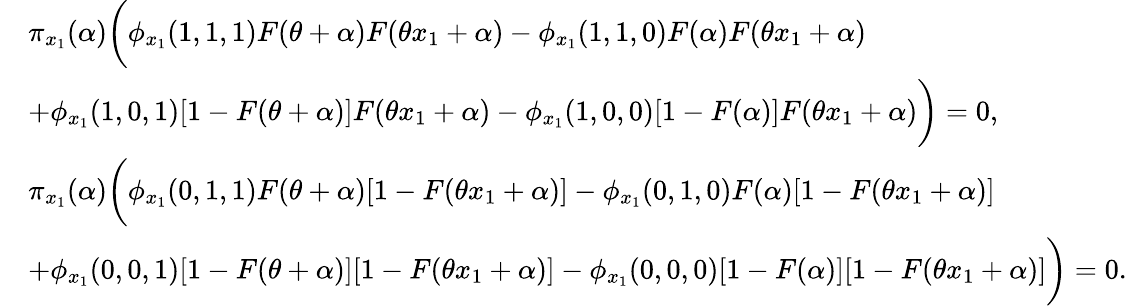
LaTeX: \begin{array}{rl}&{\pi_{x_{1}}(\alpha)\bigg(\phi_{x_{1}}(1,1,1)F(\theta+\alpha)F(\theta x_{1}+\alpha)-\phi_{x_{1}}(1,1,0)F(\alpha)F(\theta x_{1}+\alpha)}\\ &{+\phi_{x_{1}}(1,0,1)[1-F(\theta+\alpha)]F(\theta x_{1}+\alpha)-\phi_{x_{1}}(1,0,0)[1-F(\alpha)]F(\theta x_{1}+\alpha)\bigg)=0,}\\ &{\pi_{x_{1}}(\alpha)\bigg(\phi_{x_{1}}(0,1,1)F(\theta+\alpha)[1-F(\theta x_{1}+\alpha)]-\phi_{x_{1}}(0,1,0)F(\alpha)[1-F(\theta x_{1}+\alpha)]}\\ &{+\phi_{x_{1}}(0,0,1)[1-F(\theta+\alpha)][1-F(\theta x_{1}+\alpha)]-\phi_{x_{1}}(0,0,0)[1-F(\alpha)][1-F(\theta x_{1}+\alpha)]\bigg)=0.}\end{array}